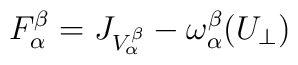
F_\alpha^\beta = J_{V_\alpha^\beta} - \omega_\alpha^\beta (U_\perp)